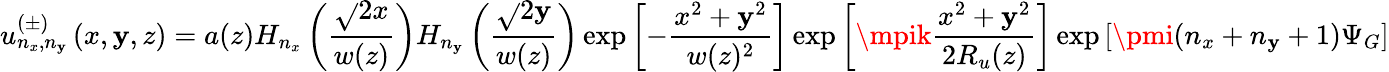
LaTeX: u_{n_{x},n_{\mathbf{y}}}^{(\pm)}\left(x,\mathbf{y},z\right)=a(z)H_{n_{x}}\left(\frac{{\sqrt{}{{2}}x}}{{w(z)}}\right)H_{n_{\mathbf{y}}}\left(\frac{{\sqrt{}{{2}}\mathbf{y}}}{{w(z)}}\right)\exp\left[-\frac{{x^{2}+\mathbf{y}^{2}}}{{w(z)^{2}}}\right]\exp\left[\mpik\frac{{x^{2}+\mathbf{y}^{2}}}{{2R_{u}(z)}}\right]\exp\left[\pmi(n_{x}+n_{\mathbf{y}}+1)\Psi_{G}\right]